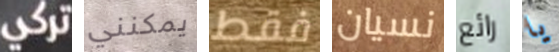
تركي يمكنني فقط نسيان رائع يا